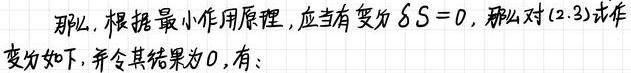
那么，根据最小作用原理，应当有变分 $\delta S = 0$，那么对 (2.3) 式作变分如下，并令其结果为 0，有：